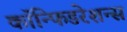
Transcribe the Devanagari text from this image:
कॉन्फिडरेशन्स